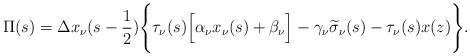
LaTeX: \begin{align*}\Pi(s)=\Delta x_{\nu}(s-\frac 12)\Bigg\{\tau_{\nu}(s)\Big[\alpha_{\nu}x_{\nu}(s)+\beta_{\nu}\Big]-\gamma_{\nu}\widetilde{\sigma}_{\nu}(s)-\tau_{\nu}(s)x(z)\Bigg\}.\end{align*}